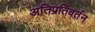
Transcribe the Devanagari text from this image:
अतिप्रतिवर्तन